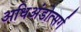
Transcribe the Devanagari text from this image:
अधिअंडोत्सर्ग